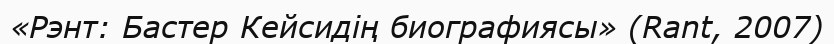
«Рэнт: Бастер Кейсидің биографиясы» (Rant, 2007)